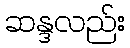
ဆန္ဒလည်း